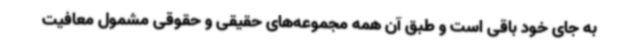
به جای خود باقی است و طبق آن همه مجموعه‌های حقیقی و حقوقی مشمول معافیت